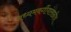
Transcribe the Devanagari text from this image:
मध्यमवर्गीयांसाठीच